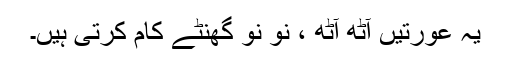
یہ عورتیں آٹھ آٹھ ، نو نو گھنٹے کام کرتی ہیں۔